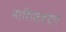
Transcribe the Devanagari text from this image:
नाशिकबद्दल